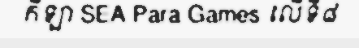
កីឡា SEA Para Games លើទី៨